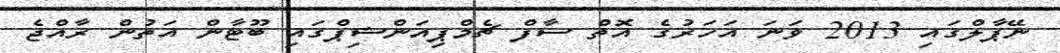
ނޭޕާލްގައި 2013 ވަނަ އަހަރުގެ އޮތް ސާފް ޗެމްޕިއަންޝިޕްގައި ބޫޓާން އަތުން ރާއްޖެ